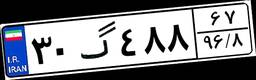
۳۰گ۴۸۸۶۷